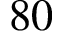
8 0